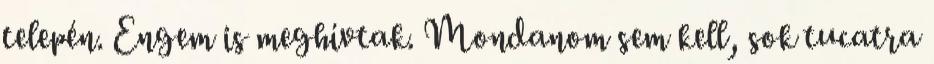
telepén. Engem is meghívtak. Mondanom sem kell, sok tucatra